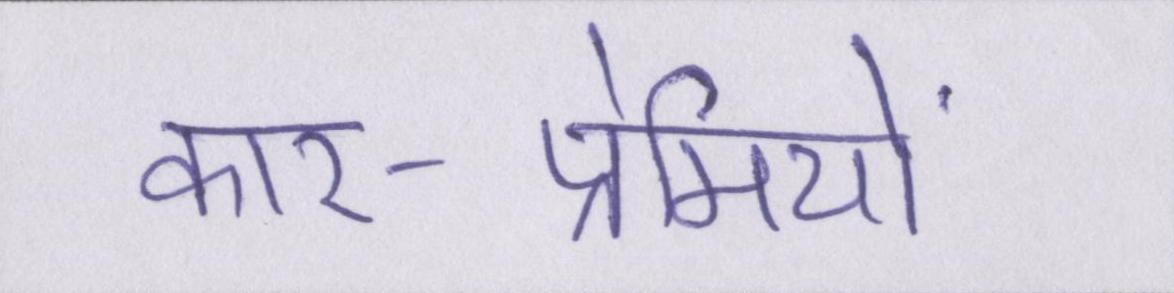
कार-प्रेमियों